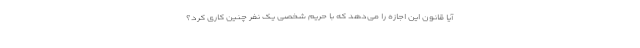
آیا قانون این اجازه را می‌دهد که با حریم شخصی یک نفر چنین کاری کرد؟